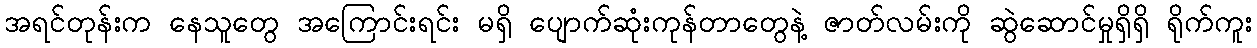
အရင်တုန်းက နေသူတွေ အကြောင်းရင်း မရှိ ပျောက်ဆုံးကုန်တာတွေနဲ့ ဇာတ်လမ်းကို ဆွဲဆောင်မှုရှိရှိ ရိုက်ကူး